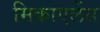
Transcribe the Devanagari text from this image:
मिकाएलेंस